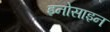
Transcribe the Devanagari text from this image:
इनोसाइन